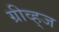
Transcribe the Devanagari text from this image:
ग्रीव्ह्‌ज